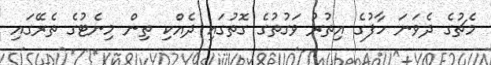
މެޗުގެ ދެވަނަ ހާފުގެ އިތުރު ވަގުތުގެ ގޮތުގައި ދެއްކި ތިން މިނެޓުގެ ތެރޭގައި